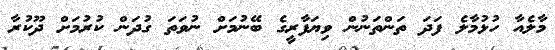
މާލެއާ ހުޅުމާލެ ފަދަ ތަންތަނުން ވިޔަފާރީގެ ބޭނުމަށް ނުވަތަ ގުދަން ކުރުމަށް ދޫކުރާ